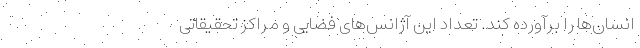
انسان‌ها را برآورده کند. تعداد این آژانس‌های فضایی و مراکز تحقیقاتی